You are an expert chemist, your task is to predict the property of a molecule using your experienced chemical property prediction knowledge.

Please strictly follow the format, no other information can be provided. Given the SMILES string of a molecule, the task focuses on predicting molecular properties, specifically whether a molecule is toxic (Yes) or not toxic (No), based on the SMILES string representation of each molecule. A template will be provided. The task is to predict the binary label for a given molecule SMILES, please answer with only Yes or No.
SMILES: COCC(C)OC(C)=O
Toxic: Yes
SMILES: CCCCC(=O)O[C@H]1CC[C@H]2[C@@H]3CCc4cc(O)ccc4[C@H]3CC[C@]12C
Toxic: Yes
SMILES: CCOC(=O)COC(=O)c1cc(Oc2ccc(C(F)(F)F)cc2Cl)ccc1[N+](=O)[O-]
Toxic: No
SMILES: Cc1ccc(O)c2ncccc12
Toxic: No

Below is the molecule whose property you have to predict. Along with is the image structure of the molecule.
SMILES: CCCOC(C)=O
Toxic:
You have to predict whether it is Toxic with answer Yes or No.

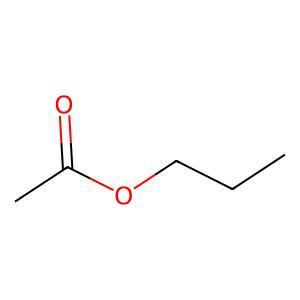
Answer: No